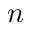
n